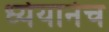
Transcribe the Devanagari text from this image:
ध्येयानेच